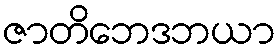
ဇာတိဘေဒဘယာ